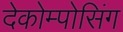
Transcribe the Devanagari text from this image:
देकोम्पोसिंग